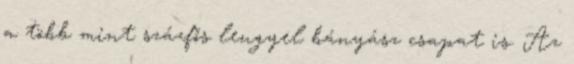
a több mint százfős lengyel bányász csapat is. Az